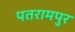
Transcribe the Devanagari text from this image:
पतरामपुर